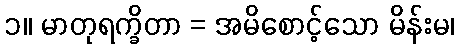
၁။ မာတုရက္ခိတာ = အမိစောင့်သော မိန်းမ၊